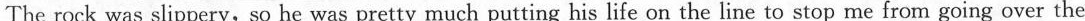
The rock was slippery, so he was pretty much putting his life on the line to stop me from going over the